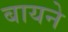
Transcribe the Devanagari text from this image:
बायने